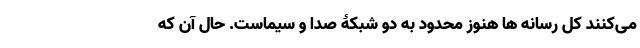
می‌کنند کل رسانه ها هنوز محدود به دو شبکۀ صدا و سیماست. حال آن که